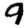
Digit: 9